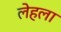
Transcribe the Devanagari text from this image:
लेहला